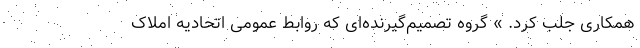
همکاری جلب کرد. » گروه تصمیم‌گیرنده‌ای که روابط عمومی اتحادیه املاک